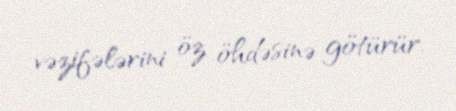
vəzifələrini öz öhdəsinə götürür.